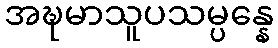
အဍ္ဎမာသူပသမ္ပန္နေ